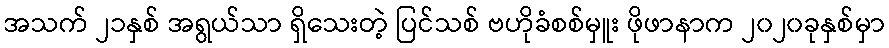
အသက် ၂၁နှစ် အရွယ်သာ ရှိသေးတဲ့ ပြင်သစ် ဗဟိုခံစစ်မှူး ဖိုဖာနာက ၂၀၂၀ခုနှစ်မှာ